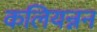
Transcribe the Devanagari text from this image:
कलियन्नन